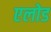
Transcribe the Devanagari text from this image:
एलोड